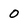
Character: 0